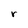
Character: r